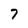
Character: 7